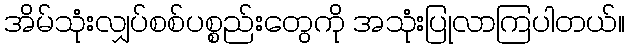
အိမ်သုံးလျှပ်စစ်ပစ္စည်းတွေကို အသုံးပြုလာကြပါတယ်။